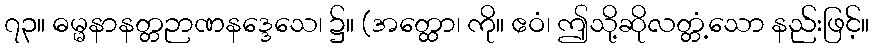
၇၃။ ဓမ္မနာနတ္တဉာဏနဒ္ဒေသေ၊ ၌။ (အတ္ထော၊ ကို။ ဧဝံ၊ ဤသို့ဆိုလတ္တံ့သော နည်းဖြင့်။